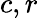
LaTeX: c,r